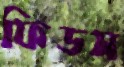
ফিডস